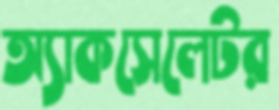
অ্যাকসেলেটর